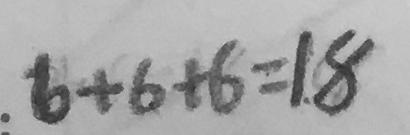
. 6 + 6 + 6 = 1 . 8